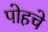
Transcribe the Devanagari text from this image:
पोहचे